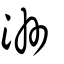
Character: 洲